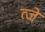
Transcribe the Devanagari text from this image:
त्जे